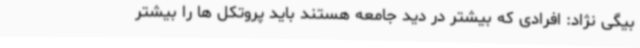
بیگی نژاد: افرادی که بیشتر در دید جامعه هستند باید پروتکل ها را بیشتر